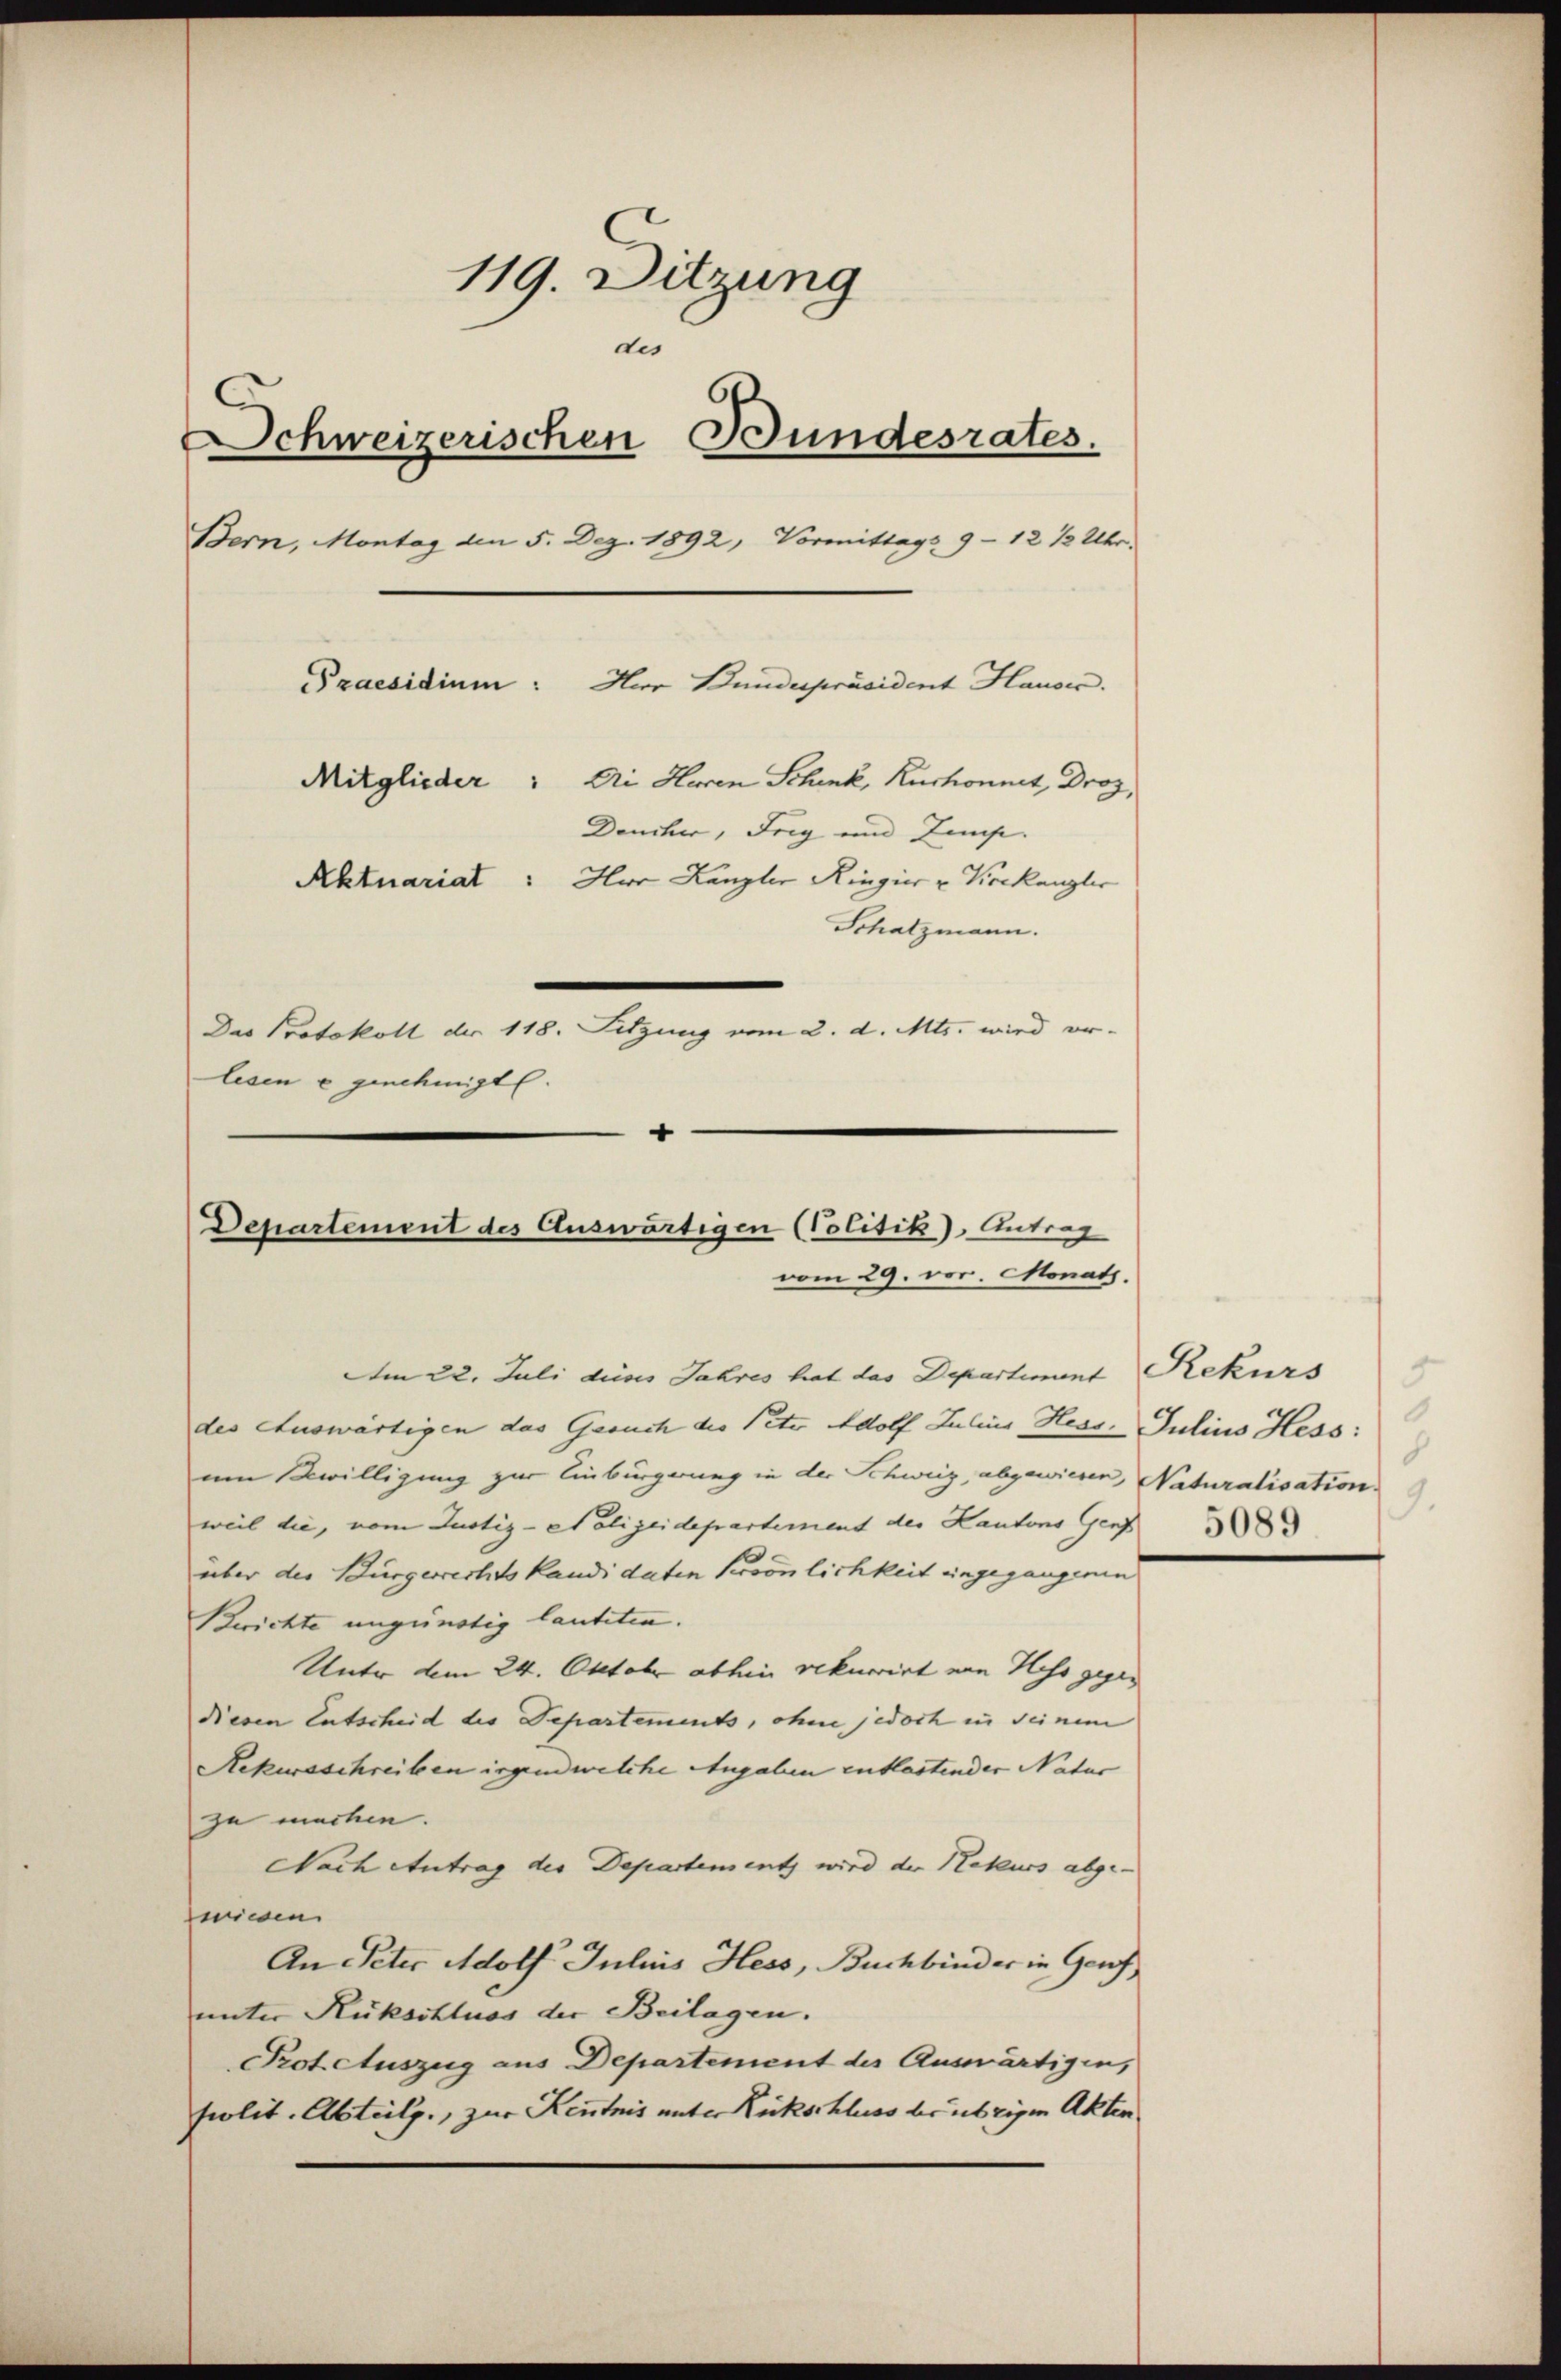
119. Ditzung
des
Schweizerischen Bundesrates.
Bern, Montag den 5. Dez. 1892, Vormittags 9 - 12 ½ Uhr.
Praesidium: Herr Bunderpräsident Hauser.
Mitglieder: Ai Huren Schenk Ruchonnet, Droz,
Deucher, Frig und Zemp.
Aktuariat: Hoe Kanzler Ringier u Korkanzler
Schatzmann.
Das Protokoll der 118. Sitzung vom 2. d. Mts. wird er-
lesen u genehmigt.
1

Departement des Auswärtigen (Politik), Antrag
vom 29. vor. Monats.

Am 22. Juli dieses Jahres hat das Departiment Rekurs
des Auswärtigen das Gesuch die Peter Adolf Julins Hess. Julius Hess:
um Bewilligung zur Einbürgerung in der Schweiz, abgewiesen, Naturalisation
weil die, vom Justiz-Polizeidepartement der Kantons Genf
über der Bürgerrechts kandidaten Persönlichkeit eingegangenen
Berichte ungünstig lauteten.
Unter dem 24. Oktober abhin rekurrirt von Hess gegen
diesen Entscheid des Departements, ohne jedoch in seinem
Rekursschreiben irgendwelche Angaben entlastender Natur
zu machen.
Nach Antrag der Departementz wird der Rekurs abge-
wiesen.
An Peter Adolf Julius Hess, Buchbinder in Genf,
unter Rückschluss der Beilagen.
Protetuszug aus Departement des Auswärtigen,
Prolit. Abteilg., zur Kenntnis unter Rückschluss be übrigen Akten

5
.
9.